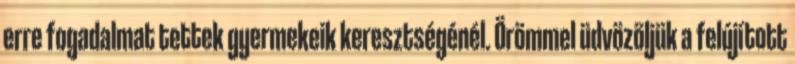
erre fogadalmat tettek gyermekeik keresztségénél. Örömmel üdvözöljük a felújított